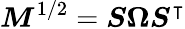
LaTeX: \boldsymbol{M}^{1/2}=\boldsymbol{S}\boldsymbol{\Omega}\boldsymbol{S}^{\intercal}